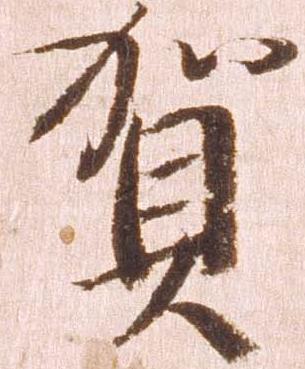
賀